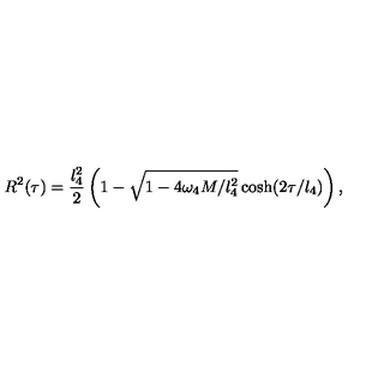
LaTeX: R ^ { 2 } ( \tau ) = \frac { l _ { 4 } ^ { 2 } } { 2 } \left( 1 - \sqrt { 1 - 4 \omega _ { 4 } M / l _ { 4 } ^ { 2 } } \cosh ( 2 \tau / l _ { 4 } ) \right) ,